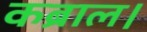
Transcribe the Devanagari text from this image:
कब्राल।